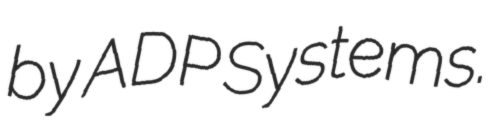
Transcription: by ADP Systems.